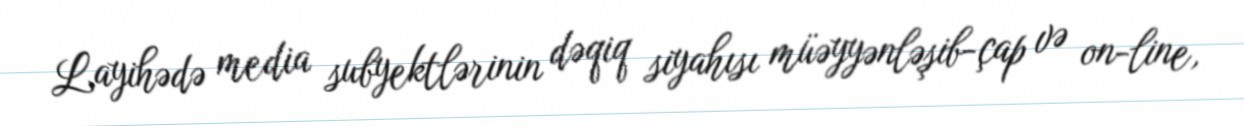
Layihədə media subyektlərinin dəqiq siyahısı müəyyənləşib-çap və on-line,